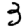
Digit: 3